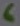
Text: 6